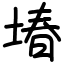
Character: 堾